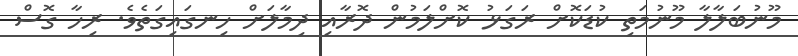
މޫނުބަލާލާ މޫނުމަތި ކުޑަކޮށް ރަގަޅު ކޮށްލަމުން ދޮރާއި ދިމާލަށް ހިނގައިގަތެވެ. ރިހާ ގޮސް